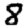
Digit: 8